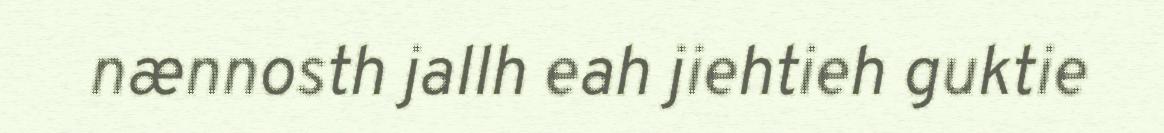
nænnosth jallh eah jiehtieh guktie